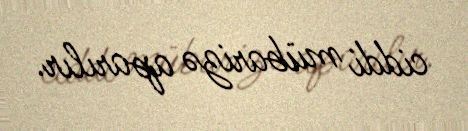
ciddi mübarizə aparılır.